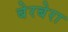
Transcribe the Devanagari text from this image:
बेरबेरा